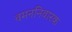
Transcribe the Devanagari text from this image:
वमननिवारक